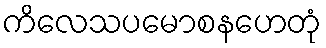
ကိလေသပမောစနဟေတုံ